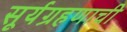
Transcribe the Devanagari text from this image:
सूर्यग्रहणाची